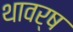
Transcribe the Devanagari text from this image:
थावर्ष